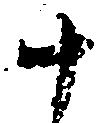
十